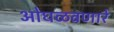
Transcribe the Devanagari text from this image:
ओघळवणारे